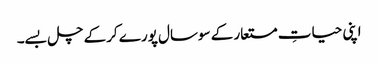
اپنی حیاتِ مستعار کے سوسال پورے کرکے چل بسے۔